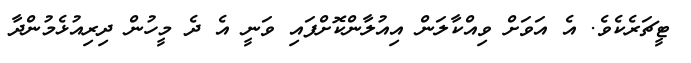
ޓީޗަރެކެވެ. އެ އަވަށް ވިއްކާލަން އިއުލާންކޮށްފައި ވަނީ އެ ދެ މީހުން ދިރިއުޅެމުންދާ